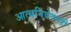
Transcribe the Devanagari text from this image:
आत्मनिवेदनही